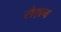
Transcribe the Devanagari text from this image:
रौग़न